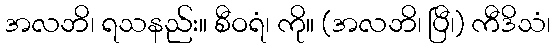
အလဘိ၊ ရသနည်း။ စီဝရံ၊ ကို။ (အလဘိ၊ ပြီ၊) ကီဒိသံ၊